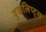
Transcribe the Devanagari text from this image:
युकलिप्ट्स